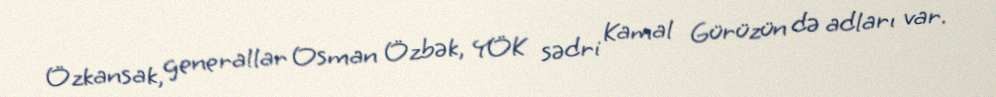
Özkansak, generallar Osman Özbək, YÖK sədri Kamal Gürüzün də adları var.